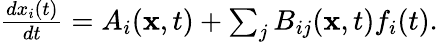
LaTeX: \begin{array}{r}{\frac{dx_{i}(t)}{dt}=A_{i}(\textbf{x},t)+\sum_{j}B_{ij}(\textbf{x},t)f_{i}(t).}\end{array}